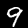
Label: 9